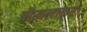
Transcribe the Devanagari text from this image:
बौखलाकर